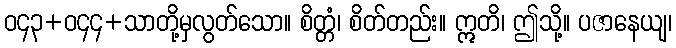
ဝ၄၃+ဝ၄၄+သာတို့မှလွတ်သော။ စိတ္တံ၊ စိတ်တည်း။ ဣတိ၊ ဤသို့။ ပဇာနေယျ၊